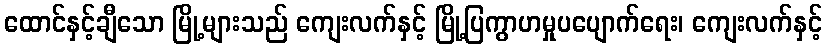
ထောင်နှင့်ချီသော မြို့များသည် ကျေးလက်နှင့် မြို့ပြကွာဟမှုပပျောက်ရေး၊ ကျေးလက်နှင့်